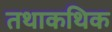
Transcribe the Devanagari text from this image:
तथाकथिक